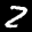
Label: 2